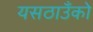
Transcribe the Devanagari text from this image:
यसठाउँको